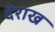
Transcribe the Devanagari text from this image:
देराख